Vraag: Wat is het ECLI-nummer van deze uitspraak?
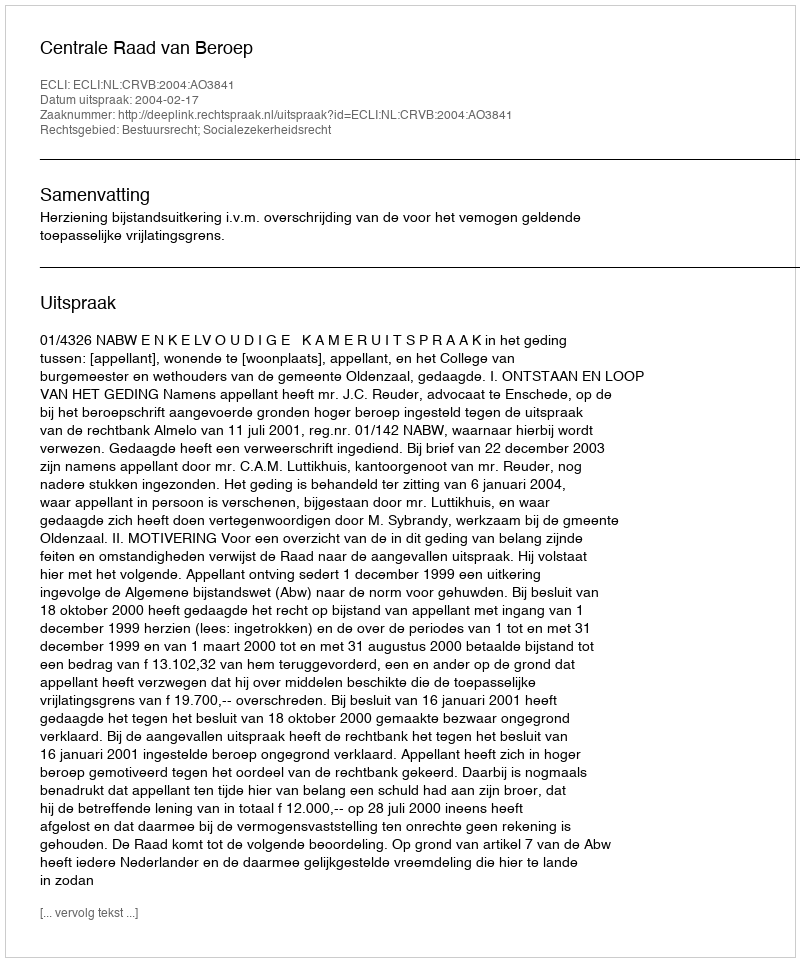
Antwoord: ECLI:NL:CRVB:2004:AO3841